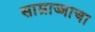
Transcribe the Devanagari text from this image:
साम्राज्जाचा